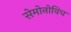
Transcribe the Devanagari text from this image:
सेमोनोविच